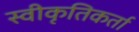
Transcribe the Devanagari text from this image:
स्वीकृतिकर्ता